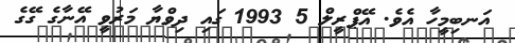
އަނބިމީހާ އެވެ. އޭޕްރީލް 5 1993 ގައި ދިވްޔާ މަރުވީ އޭނާގެ ގޭގެ